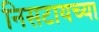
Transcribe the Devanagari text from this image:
निसटायच्या